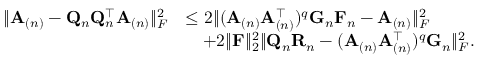
\begin{array} { r l } { \| \mathbf { A } _ { ( n ) } - \mathbf { Q } _ { n } \mathbf { Q } _ { n } ^ { \top } \mathbf { A } _ { ( n ) } \| _ { F } ^ { 2 } } & { \leq 2 \| ( \mathbf { A } _ { ( n ) } \mathbf { A } _ { ( n ) } ^ { \top } ) ^ { q } \mathbf { G } _ { n } \mathbf { F } _ { n } - \mathbf { A } _ { ( n ) } \| _ { F } ^ { 2 } } \\ & { \quad + 2 \| \mathbf { F } \| _ { 2 } ^ { 2 } \| \mathbf { Q } _ { n } \mathbf { R } _ { n } - ( \mathbf { A } _ { ( n ) } \mathbf { A } _ { ( n ) } ^ { \top } ) ^ { q } \mathbf { G } _ { n } \| _ { F } ^ { 2 } . } \end{array}